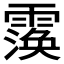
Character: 𮦲